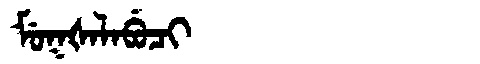
Manchu: ᠮᡠᡴᡧᠠᠯᠠᠪᡠᠴᡳ
Romanization: MUKŠALABUCI